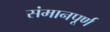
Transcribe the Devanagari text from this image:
संमानपूर्ण